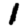
Digit: 1